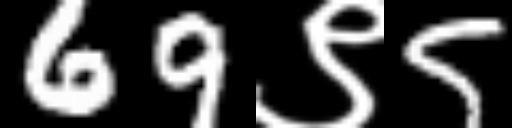
Text: 69९5